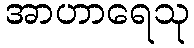
အာဟာရေသု